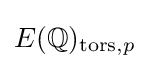
E(\mathbb {Q} )_{\mathrm {tors} ,p}